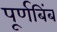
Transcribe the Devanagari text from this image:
पूर्णबिंब